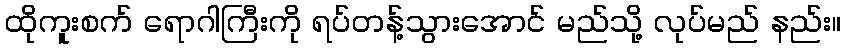
ထိုကူးစက် ရောဂါကြီးကို ရပ်တန့်သွားအောင် မည်သို့ လုပ်မည် နည်း။